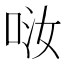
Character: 𠲤